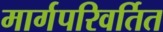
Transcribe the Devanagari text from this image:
मार्गपरिवर्तित